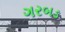
ગરબડ